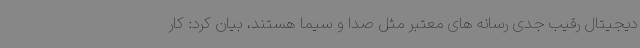
دیجیتال رقیب جدی رسانه های معتبر مثل صدا و سیما هستند، بیان کرد: کار